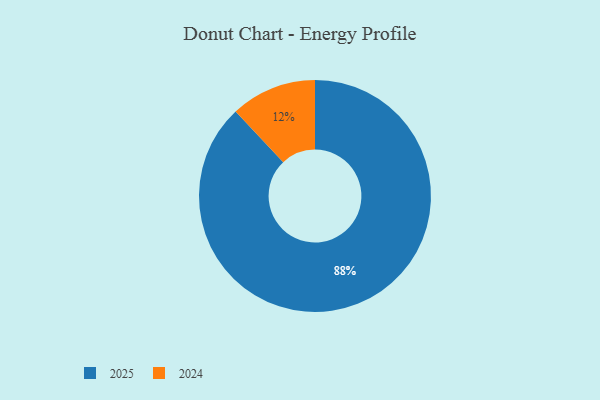
{"axis": {"x": "Category", "y": "Percentage"}, "legend": ["2024", "2025"], "data": [{"x": "2025", "y": 88, "type": "2025"}, {"x": "2024", "y": 12, "type": "2024"}]}